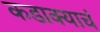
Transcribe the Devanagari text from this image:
कडाक्याचं